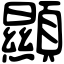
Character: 顯